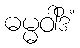
ဓမ္မဝါဒိံ